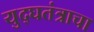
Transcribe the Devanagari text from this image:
युद्घतंत्राचा